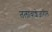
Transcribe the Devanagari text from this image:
तलावाशेजारील